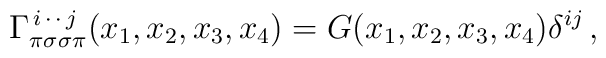
\Gamma^{\,i\,\cdot\,\cdot\,j}_{\pi\sigma\sigma\pi}(x_1,x_2,x_3,x_4) = G(x_1,x_2,x_3,x_4)\delta^{ij}\,,